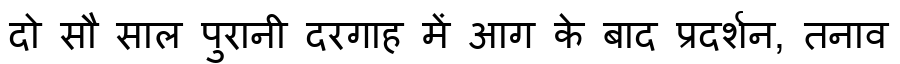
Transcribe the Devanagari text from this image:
दो सौ साल पुरानी दरगाह में आग के बाद प्रदर्शन, तनाव